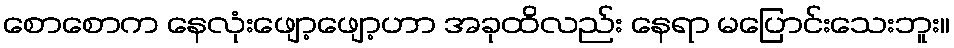
စောစောက နေလုံးဖျော့ဖျော့ဟာ အခုထိလည်း နေရာ မပြောင်းသေးဘူး။